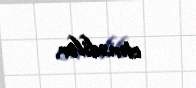
etmədilər.